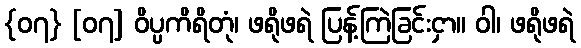
{၀၇} [၀၇] ဝိပ္ပကိရိတုံ၊ ဖရိုဖရဲ ပြန့်ကြဲခြင်းငှာ။ ဝါ၊ ဖရိုဖရဲ